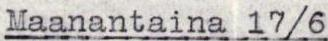
Maanantaina 17/6